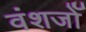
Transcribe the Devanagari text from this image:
वंशजोँ